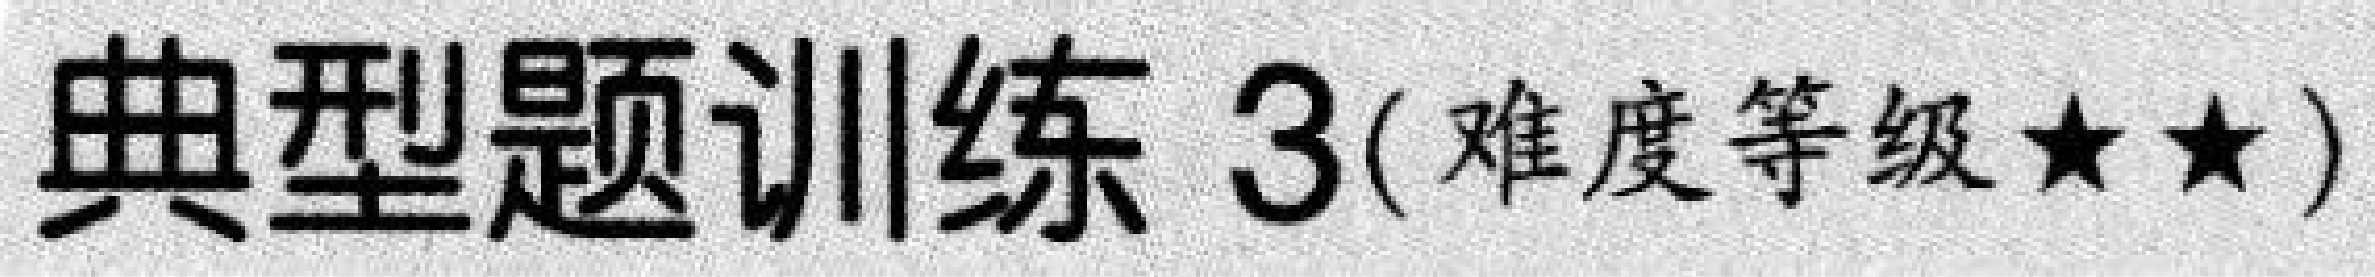
典型题训练 3(难度等级\(★★\))